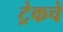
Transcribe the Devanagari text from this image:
ट्रेकचे